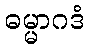
ဓမ္မာဂဒံ